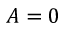
A = 0